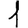
Digit: 1